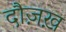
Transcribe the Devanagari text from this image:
दौज़ख़